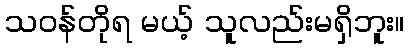
သဝန်တိုရ မယ့် သူလည်းမရှိဘူး။